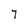
Character: 7